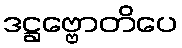
ဒဋ္ဌဗ္ဗောတိပေ